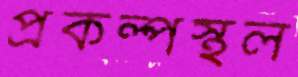
প্রকল্পস্থল